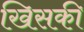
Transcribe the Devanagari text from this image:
खिसकी